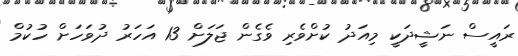
ރައީސް ނަޝީދަކީ މިއަދު ކުށްވެރި ވެގެން ޖަލަށް 13 އަހަރު ދުވަހަށް ހުކުމް